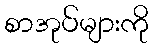
စာအုပ်များကို